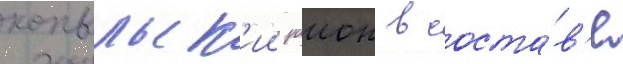
копыльск'ии раион в соста́в'е